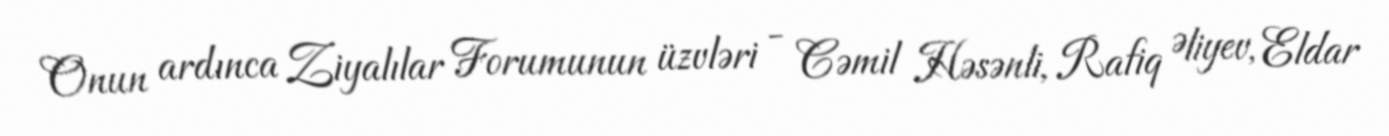
Onun ardınca Ziyalılar Forumunun üzvləri - Cəmil Həsənli, Rafiq Əliyev, Eldar